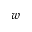
w